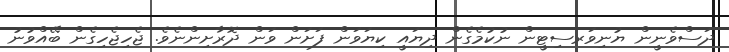
ދަސްވެނީން ޔުނިވަރސިޓީން ނުކުމެގެން ދިޔައީ ކިޔަވަން ފަށަން ވަން ދޮރާށިންނެވެ. ޖެހިޖެހިގެން ބޭއްވުނު